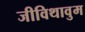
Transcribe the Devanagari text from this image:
जीविथावुम